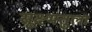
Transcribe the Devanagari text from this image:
सूक्ष्मतुला